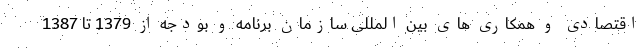
اقتصادی و همکاری های بین المللی سازمان برنامه و بودجه از 1379 تا 1387